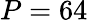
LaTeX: P=64